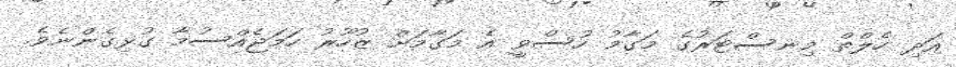
އަދި ހެލްތް މިނސްޓަރުގެ މަގާމު ހުސްވީ އެ މަގާމަށް ޒުހޫރު ހަމަޖެއްސުމާ ގުޅިގެންނެވެ.